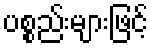
ပစ္စည်းများဖြင့်